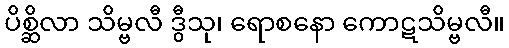
ပိစ္ဆိလာ သိမ္ဗလီ ဒွီသု၊ ရောစနော ကောဋသိမ္ဗလီ။